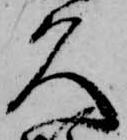
久